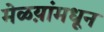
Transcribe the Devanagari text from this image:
मेळय़ांमधून